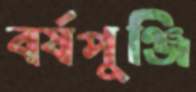
বর্ষপুঞ্জি